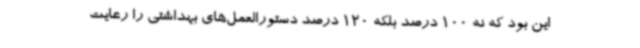
این بود که نه 100 درصد بلکه 120 درصد دستورالعمل‌های بهداشتی را رعایت